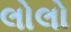
લોલો